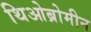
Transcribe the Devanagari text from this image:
थिओब्रोमीन